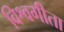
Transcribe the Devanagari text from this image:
विश्वगीता